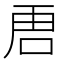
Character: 𭇢